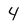
Character: 4